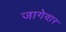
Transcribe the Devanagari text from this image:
जागेवार